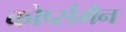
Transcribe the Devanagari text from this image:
कोर्प्समैन